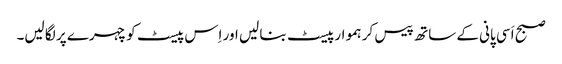
صبح اَسی پانی کے ساتھ پیس کر ہموار پیسٹ بنا لیں اور اِس پیسٹ کو چہرے پر لگا لیں۔